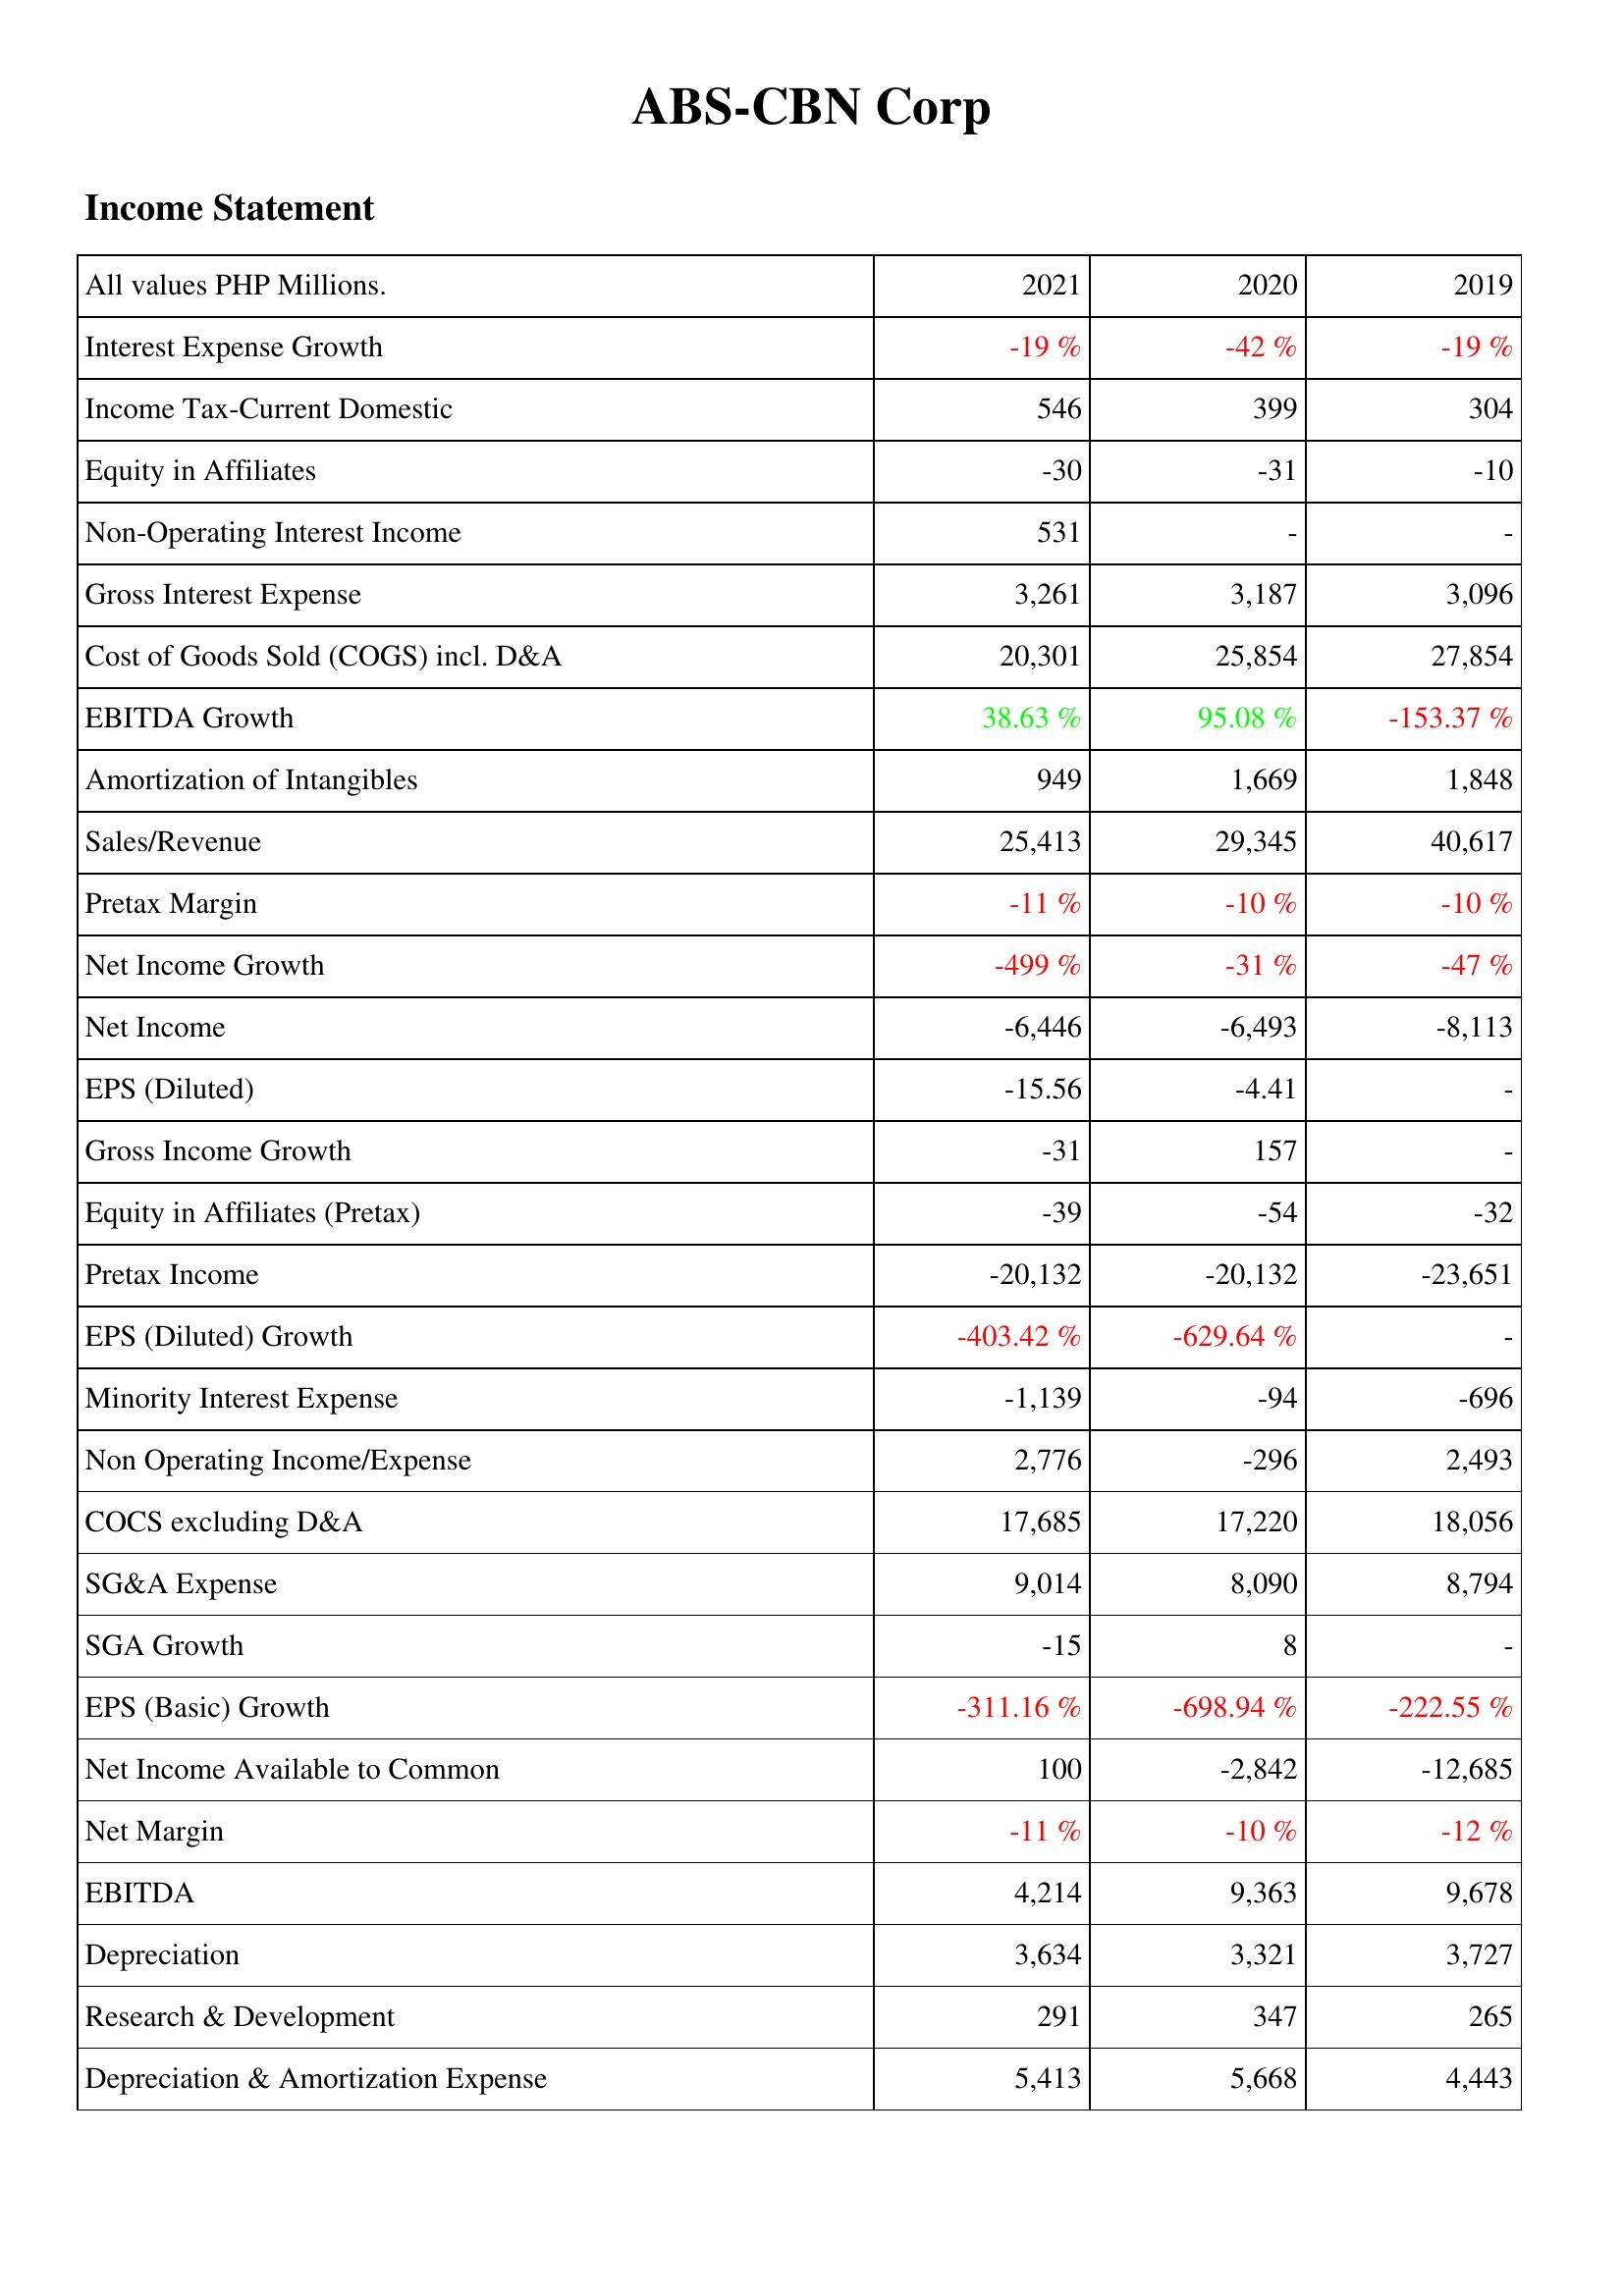
2021: Income Statement: Interest Expense Growth: -19 %
Income Tax-Current Domestic: 546
Equity in Affiliates: -30
Non-Operating Interest Income: 531
Gross Interest Expense: 3,261
Cost of Goods Sold (COGS) incl. D&A: 20,301
EBITDA Growth: 38.63 %
Amortization of Intangibles: 949
Sales/Revenue: 25,413
Pretax Margin: -11 %
Net Income Growth: -499 %
Net Income: -6,446
EPS (Diluted): -15.56
Gross Income Growth: -31
Equity in Affiliates (Pretax): -39
Pretax Income: -20,132
EPS (Diluted) Growth: -403.42 %
Minority Interest Expense: -1,139
Non Operating Income/Expense: 2,776
COCS excluding D&A: 17,685
SG&A Expense: 9,014
SGA Growth: -15
EPS (Basic) Growth: -311.16 %
Net Income Available to Common: 100
Net Margin: -11 %
EBITDA: 4,214
Depreciation: 3,634
Research & Development: 291
Depreciation & Amortization Expense: 5,413
2020: Income Statement: Interest Expense Growth: -42 %
Income Tax-Current Domestic: 399
Equity in Affiliates: -31
Non-Operating Interest Income: -
Gross Interest Expense: 3,187
Cost of Goods Sold (COGS) incl. D&A: 25,854
EBITDA Growth: 95.08 %
Amortization of Intangibles: 1,669
Sales/Revenue: 29,345
Pretax Margin: -10 %
Net Income Growth: -31 %
Net Income: -6,493
EPS (Diluted): -4.41
Gross Income Growth: 157
Equity in Affiliates (Pretax): -54
Pretax Income: -20,132
EPS (Diluted) Growth: -629.64 %
Minority Interest Expense: -94
Non Operating Income/Expense: -296
COCS excluding D&A: 17,220
SG&A Expense: 8,090
SGA Growth: 8
EPS (Basic) Growth: -698.94 %
Net Income Available to Common: -2,842
Net Margin: -10 %
EBITDA: 9,363
Depreciation: 3,321
Research & Development: 347
Depreciation & Amortization Expense: 5,668
2019: Income Statement: Interest Expense Growth: -19 %
Income Tax-Current Domestic: 304
Equity in Affiliates: -10
Non-Operating Interest Income: -
Gross Interest Expense: 3,096
Cost of Goods Sold (COGS) incl. D&A: 27,854
EBITDA Growth: -153.37 %
Amortization of Intangibles: 1,848
Sales/Revenue: 40,617
Pretax Margin: -10 %
Net Income Growth: -47 %
Net Income: -8,113
EPS (Diluted): -
Gross Income Growth: -
Equity in Affiliates (Pretax): -32
Pretax Income: -23,651
EPS (Diluted) Growth: -
Minority Interest Expense: -696
Non Operating Income/Expense: 2,493
COCS excluding D&A: 18,056
SG&A Expense: 8,794
SGA Growth: -
EPS (Basic) Growth: -222.55 %
Net Income Available to Common: -12,685
Net Margin: -12 %
EBITDA: 9,678
Depreciation: 3,727
Research & Development: 265
Depreciation & Amortization Expense: 4,443